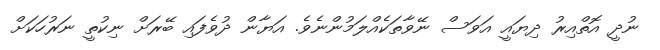
ނުދީ އޮތްއިރު ދިޔައީ އަވަސް ނޭވާތަކެއްލަމުންނެވެ. އަޔާން ދުވެފައި ބޭރަށް ނިކުތީ ނަރުހަކަށް